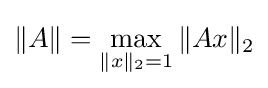
\|A\|=\max _{\|x\|_{2}=1}\|Ax\|_{2}